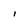
Character: i